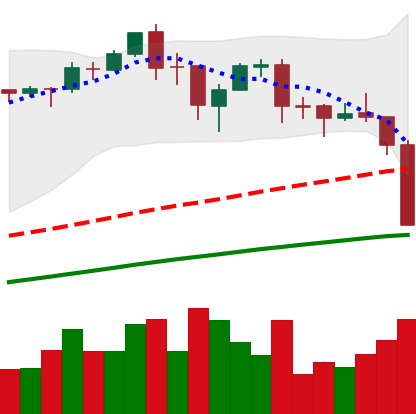
Ticker: BTC-USD
Chart end date: 2017-09-14
Forward return: 24.407%
Label: up_7plus